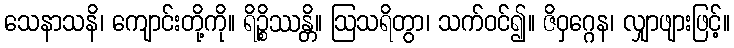
သေနာသနိ၊ ကျောင်းတို့ကို။ ရိဉ္စိဿန္တိ။ ဩသရိတွာ၊ သက်ဝင်၍။ ဇိဝှဂ္ဂေန၊ လျှာဖျားဖြင့်။